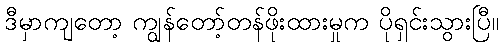
ဒီမှာကျတော့ ကျွန်တော့်တန်ဖိုးထားမှုက ပိုရှင်းသွားပြီ။